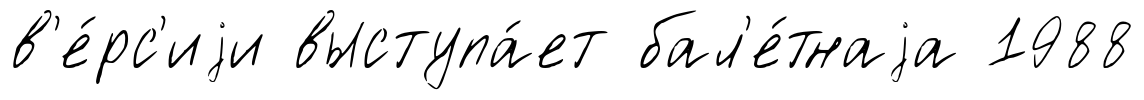
в'е́рс'иjи выступа́ет бал'е́тнаjа 1988